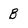
Character: B